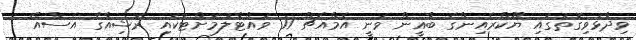
ވިދާޅުވިގޮތުގައި ޔޫކްރެއިންގެ ބާޣީން ވަނީ އެމްއެޗް 17 ވައްޓާލުމަށްޓަކައި ރަޝިއާގެ އެސްއޭ